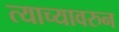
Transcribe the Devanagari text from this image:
त्याच्यावरुन